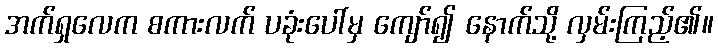
အက်ရှလေက စကားလက် ပခုံးပေါ်မှ ကျော်၍ နောက်သို့ လှမ်းကြည့်၏။